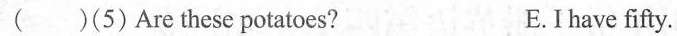
(5) Are these potatoes? E.I have fifty.